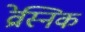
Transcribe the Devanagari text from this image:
व्रेस्निक